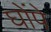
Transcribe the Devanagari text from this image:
घोंपे